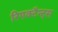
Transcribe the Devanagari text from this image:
रिएक्टैन्ट्स